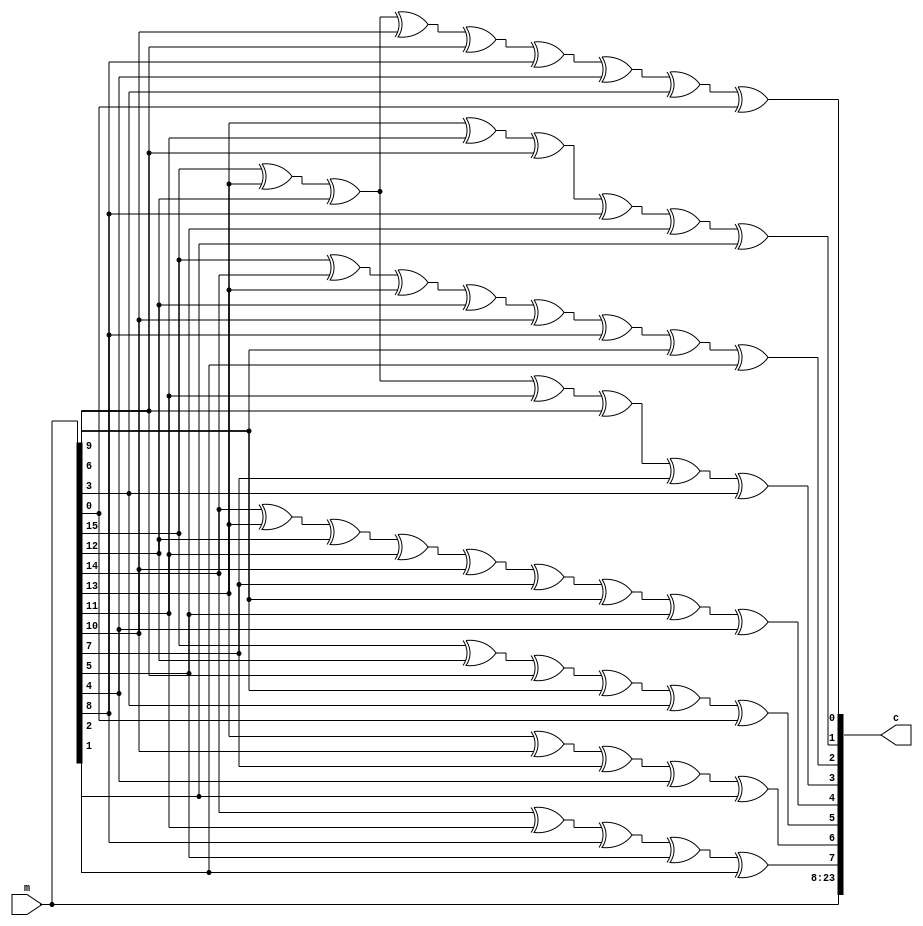
module encoder (
	input [0:15] m,
	output [0:23] c
);

	wire [0:7] p;

	assign p[0] = m[1] ^ m[4] ^ m[7] ^ m[10] ^ m[13];
	assign p[1] = m[2] ^ m[5] ^ m[8] ^ m[11] ^ m[14];
	assign p[2] = m[0] ^ m[3] ^ m[6] ^ m[9] ^ m[12] ^ m[15];
	assign p[3] = m[1] ^ m[2] ^ m[3] ^ m[4] ^ m[5] ^ m[8] ^ m[9] ^ m[10] ^ m[11];
	assign p[4] = m[0] ^ m[2] ^ m[3] ^ m[4] ^ m[6] ^ m[8] ^ m[12];
	assign p[5] = m[0] ^ m[1] ^ m[2] ^ m[3] ^ m[5] ^ m[7] ^ m[9] ^ m[13];
	assign p[6] = m[2] ^ m[4] ^ m[6] ^ m[7] ^ m[10] ^ m[14];
	assign p[7] = m[0] ^ m[2] ^ m[3] ^ m[5] ^ m[6] ^ m[7] ^ m[11] ^ m[12] ^ m[15];

	assign c = {m,p};

endmodule

module decoder (
	input [0:23] c,
	output [0:15] m
);

	wire [0:7] p, s;
	wire [0:15] b, en;
	assign b = c[0:15];
	assign p = c[16:23];

	assign s[0] = p[0] ^ b[1] ^ b[4] ^ b[7] ^ b[10] ^ b[13];
	assign s[1] = p[1] ^ b[2] ^ b[5] ^ b[8] ^ b[11] ^ b[14];
	assign s[2] = p[2] ^ b[0] ^ b[3] ^ b[6] ^ b[9] ^ b[12] ^ b[15];
	assign s[3] = p[3] ^ b[1] ^ b[2] ^ b[3] ^ b[4] ^ b[5] ^ b[8] ^ b[9] ^ b[10] ^ b[11];
	assign s[4] = p[4] ^ b[0] ^ b[2] ^ b[3] ^ b[4] ^ b[6] ^ b[8] ^ b[12];
	assign s[5] = p[5] ^ b[0] ^ b[1] ^ b[2] ^ b[3] ^ b[5] ^ b[7] ^ b[9] ^ b[13];
	assign s[6] = p[6] ^ b[2] ^ b[4] ^ b[6] ^ b[7] ^ b[10] ^ b[14];
	assign s[7] = p[7] ^ b[0] ^ b[2] ^ b[3] ^ b[5] ^ b[6] ^ b[7] ^ b[11] ^ b[12] ^ b[15];

	assign en[0] = (s[3] ^ s[0] ^ s[1]) | (s[4] ^ s[2] ^ s[1]) | (s[5] ^ s[2] ^ s[0] ^ s[1]) | (s[6] ^ s[1]) | (s[7] ^ s[2] ^ s[1]);
	assign en[1] = (s[3] ^ s[0] ^ s[1] ^ s[2]) | (s[4] ^ s[1] ^ s[2]) | (s[5] ^ s[0] ^ s[1] ^ s[2]) | (s[6] ^ s[1]) | (s[7] ^ s[1] ^ s[2]);
	assign en[2] = (s[3] ^ s[1] ^ s[2] ^ s[0]) | (s[4] ^ s[1] ^ s[2] ^ s[0]) | (s[5] ^ s[1] ^ s[2]) | (s[6] ^ s[1] ^ s[0]) | (s[7] ^ s[1] ^ s[2]);
	assign en[3] = (s[3] ^ s[2] ^ s[0] ^ s[1]) | (s[4] ^ s[2] ^ s[0]) | (s[5] ^ s[2] ^ s[1]) | (s[6] ^ s[0]) | (s[7] ^ s[2] ^ s[1]);
	assign en[4] = (s[3] ^ s[0] ^ s[1]) | (s[4] ^ s[0] ^ s[2]) | (s[5] ^ s[1]) | (s[6] ^ s[0] ^ s[2]) | (s[7] ^ s[1] ^ s[2]);
	assign en[5] = (s[3] ^ s[1]) | (s[4] ^ s[2]) | (s[5] ^ s[1] ^ s[0]) | (s[6] ^ s[2] ^ s[0]) | (s[7] ^ s[1] ^ s[2] ^ s[0]);
	assign en[6] = (s[3] ^ s[1]) | (s[4] ^ s[2] ^ s[1]) | (s[5] ^ s[0]) | (s[6] ^ s[2] ^ s[0]) | (s[7] ^ s[2] ^ s[0]);
	assign en[7] = (s[3] ^ s[1] ^ s[2]) | (s[4] ^ s[1]) | (s[5] ^ s[0] ^ s[2]) | (s[6] ^ s[0]) | (s[7] ^ s[0]);
	assign en[8] = (s[3] ^ s[1] ^ s[2] ^ s[0]) | (s[4] ^ s[1]) | (s[5] ^ s[2]) | (s[6] ^ s[0]) | (s[7]);
	assign en[9] = (s[3] ^ s[2] ^ s[0] ^ s[1]) | (s[4]) | (s[5] ^ s[2]) | (s[6] ^ s[0]) | (s[7] ^ s[1]);
	assign en[10] = (s[3] ^ s[0] ^ s[1]) | (s[4] ^ s[2]) | (s[5]) | (s[6] ^ s[0]) | (s[7] ^ s[1] ^ s[2]);
	assign en[11] = (s[3] ^ s[1]) | (s[4] ^ s[2]) | (s[5] ^ s[0]) | (s[6]) | (s[7] ^ s[1] ^ s[2]);
	assign en[12] = (s[3]) | (s[4] ^ s[2]) | (s[5] ^ s[0]) | (s[6] ^ s[1]) | (s[7] ^ s[2]);
	assign en[13] = (s[3]) | (s[4]) | (s[5] ^ s[0]) | (s[6] ^ s[1]) | (s[7] ^ s[2]);
	assign en[14] = (s[3]) | (s[4]) | (s[5]) | (s[6] ^ s[1]) | (s[7] ^ s[2]);
	assign en[15] = (s[3]) | (s[4]) | (s[5]) | (s[6]) | (s[7] ^ s[2]);

	assign m[0] = ((~( en[0] )) & s[2]) ^ b[0];
	assign m[1] = ((~( en[1] & en[0] )) & s[0]) ^ b[1];
	assign m[2] = ((~( en[2] & en[1] & en[0] )) & s[1]) ^ b[2];
	assign m[3] = ((~( en[3] & en[2] & en[1] )) & s[2]) ^ b[3];
	assign m[4] = ((~( en[4] & en[3] & en[2] )) & s[0]) ^ b[4];
	assign m[5] = ((~( en[5] & en[4] & en[3] )) & s[1]) ^ b[5];
	assign m[6] = ((~( en[6] & en[5] & en[4] )) & s[2]) ^ b[6];
	assign m[7] = ((~( en[7] & en[6] & en[5] )) & s[0]) ^ b[7];
	assign m[8] = ((~( en[8] & en[7] & en[6] )) & s[1]) ^ b[8];
	assign m[9] = ((~( en[9] & en[8] & en[7] )) & s[2]) ^ b[9];
	assign m[10] = ((~( en[10] & en[9] & en[8] )) & s[0]) ^ b[10];
	assign m[11] = ((~( en[11] & en[10] & en[9] )) & s[1]) ^ b[11];
	assign m[12] = ((~( en[12] & en[11] & en[10] )) & s[2]) ^ b[12];
	assign m[13] = ((~( en[13] & en[12] & en[11] )) & s[0]) ^ b[13];
	assign m[14] = ((~( en[14] & en[13] & en[12] )) & s[1]) ^ b[14];
	assign m[15] = ((~( en[15] & en[14] & en[13] )) & s[2]) ^ b[15];

endmodule